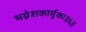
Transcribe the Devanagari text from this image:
भग्नेशकार्मुकः॥६॥